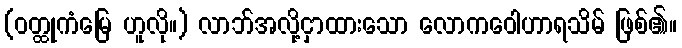
(ဝတ္ထုကံမြေ ဟူလို။) လာဘ်အလို့ငှာထားသော လောကဝေါဟာရသိမ် ဖြစ်၏။